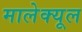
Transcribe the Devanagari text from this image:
मालेक्यूल